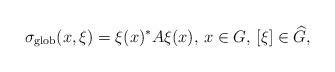
LaTeX: \begin{align*} \sigma_{\textnormal{glob}}(x,\xi)=\xi(x)^*A\xi(x),\,x\in G,\, [\xi]\in \widehat{G},\end{align*}